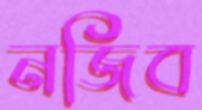
নজিব